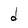
Character: d